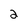
Character: 2